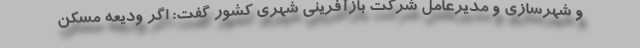
و شهرسازی و مدیرعامل شرکت بازآفرینی شهری کشور گفت: اگر ودیعه مسکن